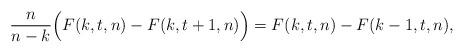
LaTeX: \begin{align*}\frac{n}{n-k} \Big( F(k,t,n) - F(k,t+1,n) \Big) = F(k,t,n) - F(k-1,t,n),\end{align*}